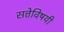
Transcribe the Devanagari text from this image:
सत्तेविषयी